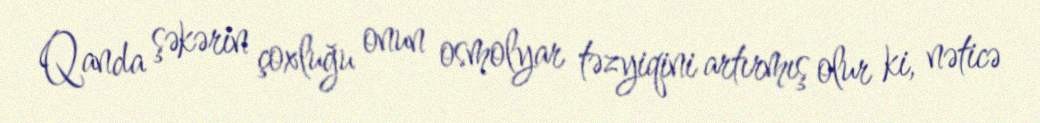
Qanda şəkərin çoxluğu onun osmolyar təzyiqini artırmış olur ki, nəticə